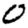
Digit: 0